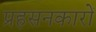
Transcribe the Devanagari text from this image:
प्रहसनकारों